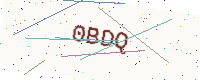
Text: 0BDQ